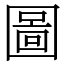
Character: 圖